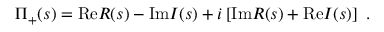
\Pi _ { + } ( s ) = \mathrm { R e } R ( s ) - \mathrm { I m } I ( s ) + i \left[ \mathrm { I m } R ( s ) + \mathrm { R e } I ( s ) \right] \ .